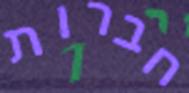
חברות